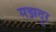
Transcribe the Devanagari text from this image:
मझदूर